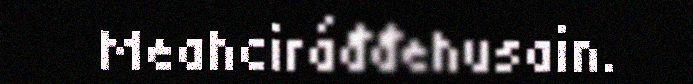
Meahciráđđehusain.